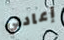
إعادتي